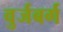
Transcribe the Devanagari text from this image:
वुर्जबर्ग